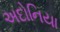
અદોનિયા